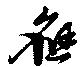
応